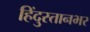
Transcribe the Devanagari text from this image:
हिंदुस्तानभर